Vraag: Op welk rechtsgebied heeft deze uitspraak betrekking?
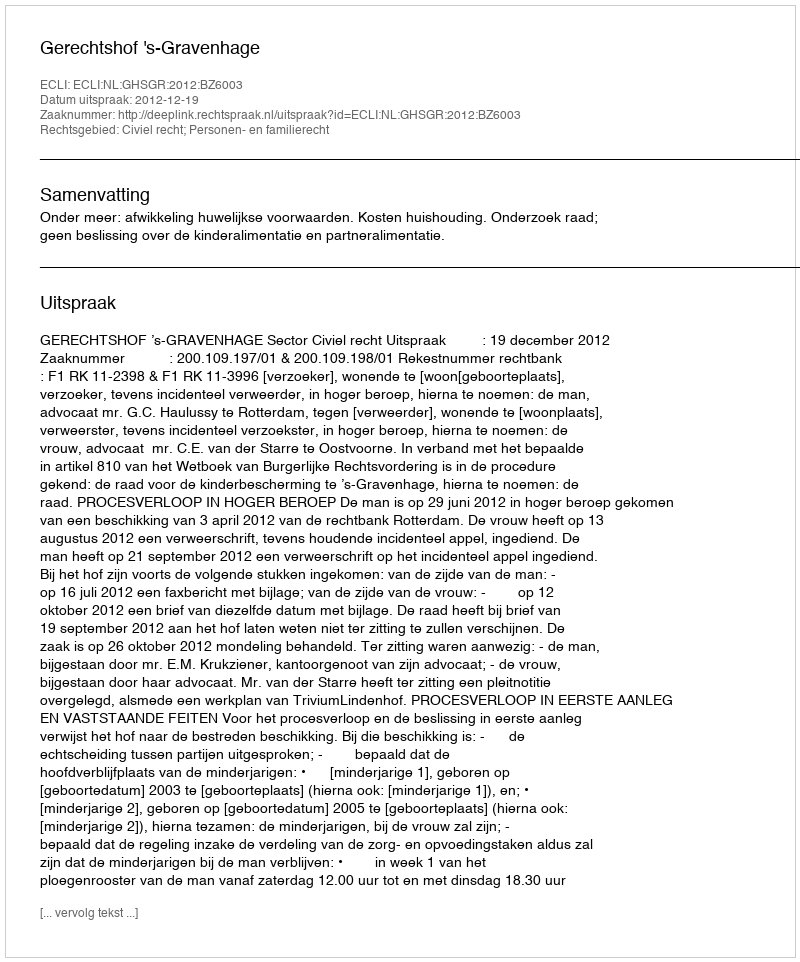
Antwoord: Civiel recht; Personen- en familierecht